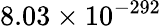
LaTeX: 8.03\times 10^{-292}